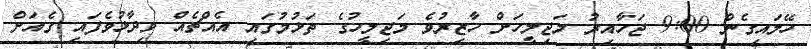
ހޭލައިގެން 9:00 ޖަހާއިރު މަޖިލީހަށް ހާޒިރުވެ މަޖިލީހުގެ ތަޅުމުގައި އެއްޗެއް ވިދާޅުވެފައި ގެއަށް